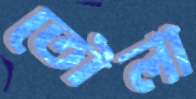
তৌলা